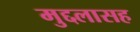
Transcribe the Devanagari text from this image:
मुद्दलासह